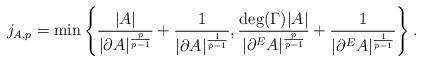
LaTeX: \begin{align*}j_{A,p}=\min\left\{\frac{|A|}{|\partial A|^{\frac{p}{p-1}}}+\frac{1}{|\partial A|^{\frac{1}{p-1}}},\frac{\deg(\Gamma)|A|}{|\partial^EA|^{\frac{p}{p-1}}}+\frac{1}{|\partial^EA|^{\frac{1}{p-1}}}\right\}.\end{align*}